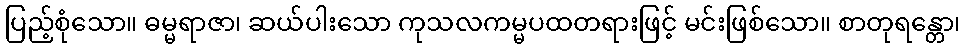
ပြည့်စုံသော။ ဓမ္မရာဇာ၊ ဆယ်ပါးသော ကုသလကမ္မပထတရားဖြင့် မင်းဖြစ်သော။ စာတုရန္တော၊